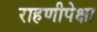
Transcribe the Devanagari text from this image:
राहणीपेक्षा